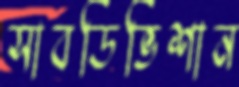
সাবডিভিশান